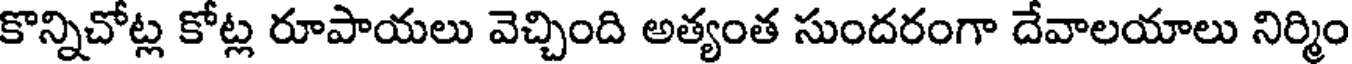
కొన్నిచోట్ల కోట్ల రూపాయలు వెచ్చింది అత్యంత సుందరంగా దేవాలయాలు నిర్మిం